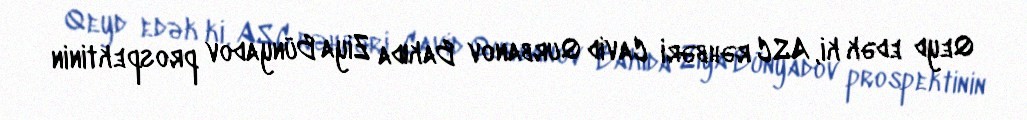
Qeyd edək ki, ASC rəhbəri Cavid Qurbanov Bakıda Ziya Bünyadov prospektinin